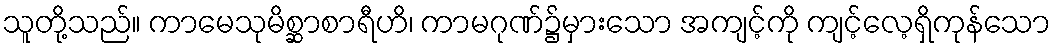
သူတို့သည်။ ကာမေသုမိစ္ဆာစာရီဟိ၊ ကာမဂုဏ်၌မှားသော အကျင့်ကို ကျင့်လေ့ရှိကုန်သော